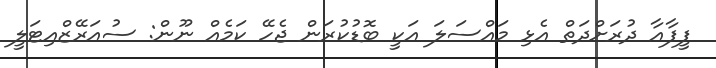
ފީފާއާ ދުރަށްދަތް އެޅި މައްސަލަ އަކީ ބޮޑުކުރަން ޖެހޭ ކަމެއް ނޫން: ސުއަރޭޒްއިޓަލީ